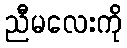
ညီမလေးကို